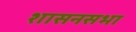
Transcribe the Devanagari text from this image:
शासनसभा